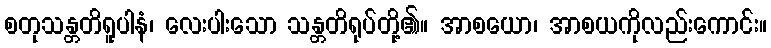
စတုသန္တတိရူပါနံ၊ လေးပါးသော သန္တတိရုပ်တို့၏။ အာစယော၊ အာစယကိုလည်းကောင်း။